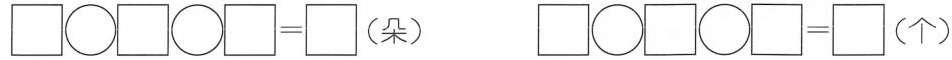
\Box \bigcirc \Box \bigcirc \Box= \Box (朵)